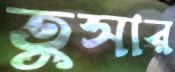
তুসার